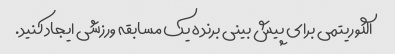
الگوریتمی برای پیش بینی برنده یک مسابقه ورزشی ایجاد کنید.